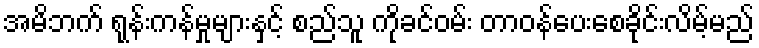
အမိဘက် ရုန်းကန်မှုများနှင့် စည်သူ ကိုခင်ဝမ်း တာဝန်ပေးစေခိုင်းလိမ့်မည်